Problem: 5 × 9 = ?
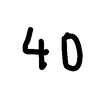
Handwritten answer: 40